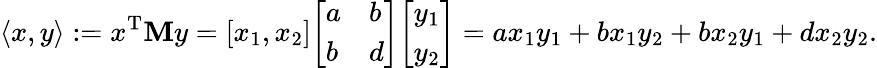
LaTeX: \langle x,y\rangle:=x^{\operatorname{T}}\mathbf{M}y=\left[x_{1},x_{2}\right]{\left[\begin{array}{ll}{a}&{b}\\ {b}&{d}\end{array}\right]}{\left[\begin{array}{l}{y_{1}}\\ {y_{2}}\end{array}\right]}=ax_{1}y_{1}+bx_{1}y_{2}+bx_{2}y_{1}+dx_{2}y_{2}.